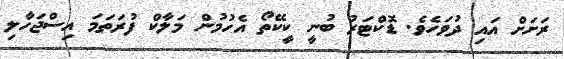
ރަށަށް އައި ދުވަހެވެ. ޑޮކްޓަރު ބުނީ ކީކޭތޯ އެހުމުން މަލާކް ފުރަތަމަ އިސްޖަހާލި